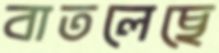
বাতলেছে